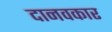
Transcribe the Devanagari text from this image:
दानवकार